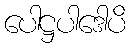
ပေါဋ္ဌပါဒေါပိ